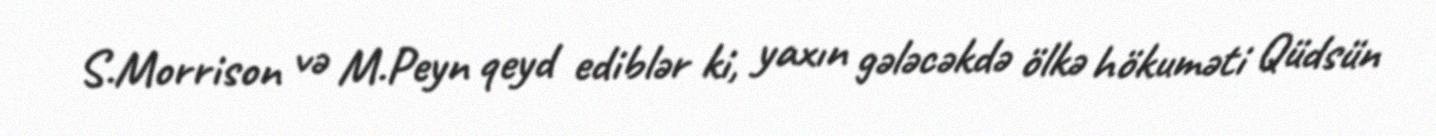
S.Morrison və M.Peyn qeyd ediblər ki, yaxın gələcəkdə ölkə hökuməti Qüdsün